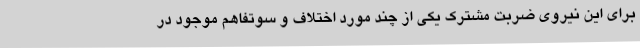
برای این نیروی ضربت مشترک یکی از چند مورد اختلاف و سوتفاهم موجود در